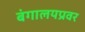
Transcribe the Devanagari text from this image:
बंगालयप्रवर